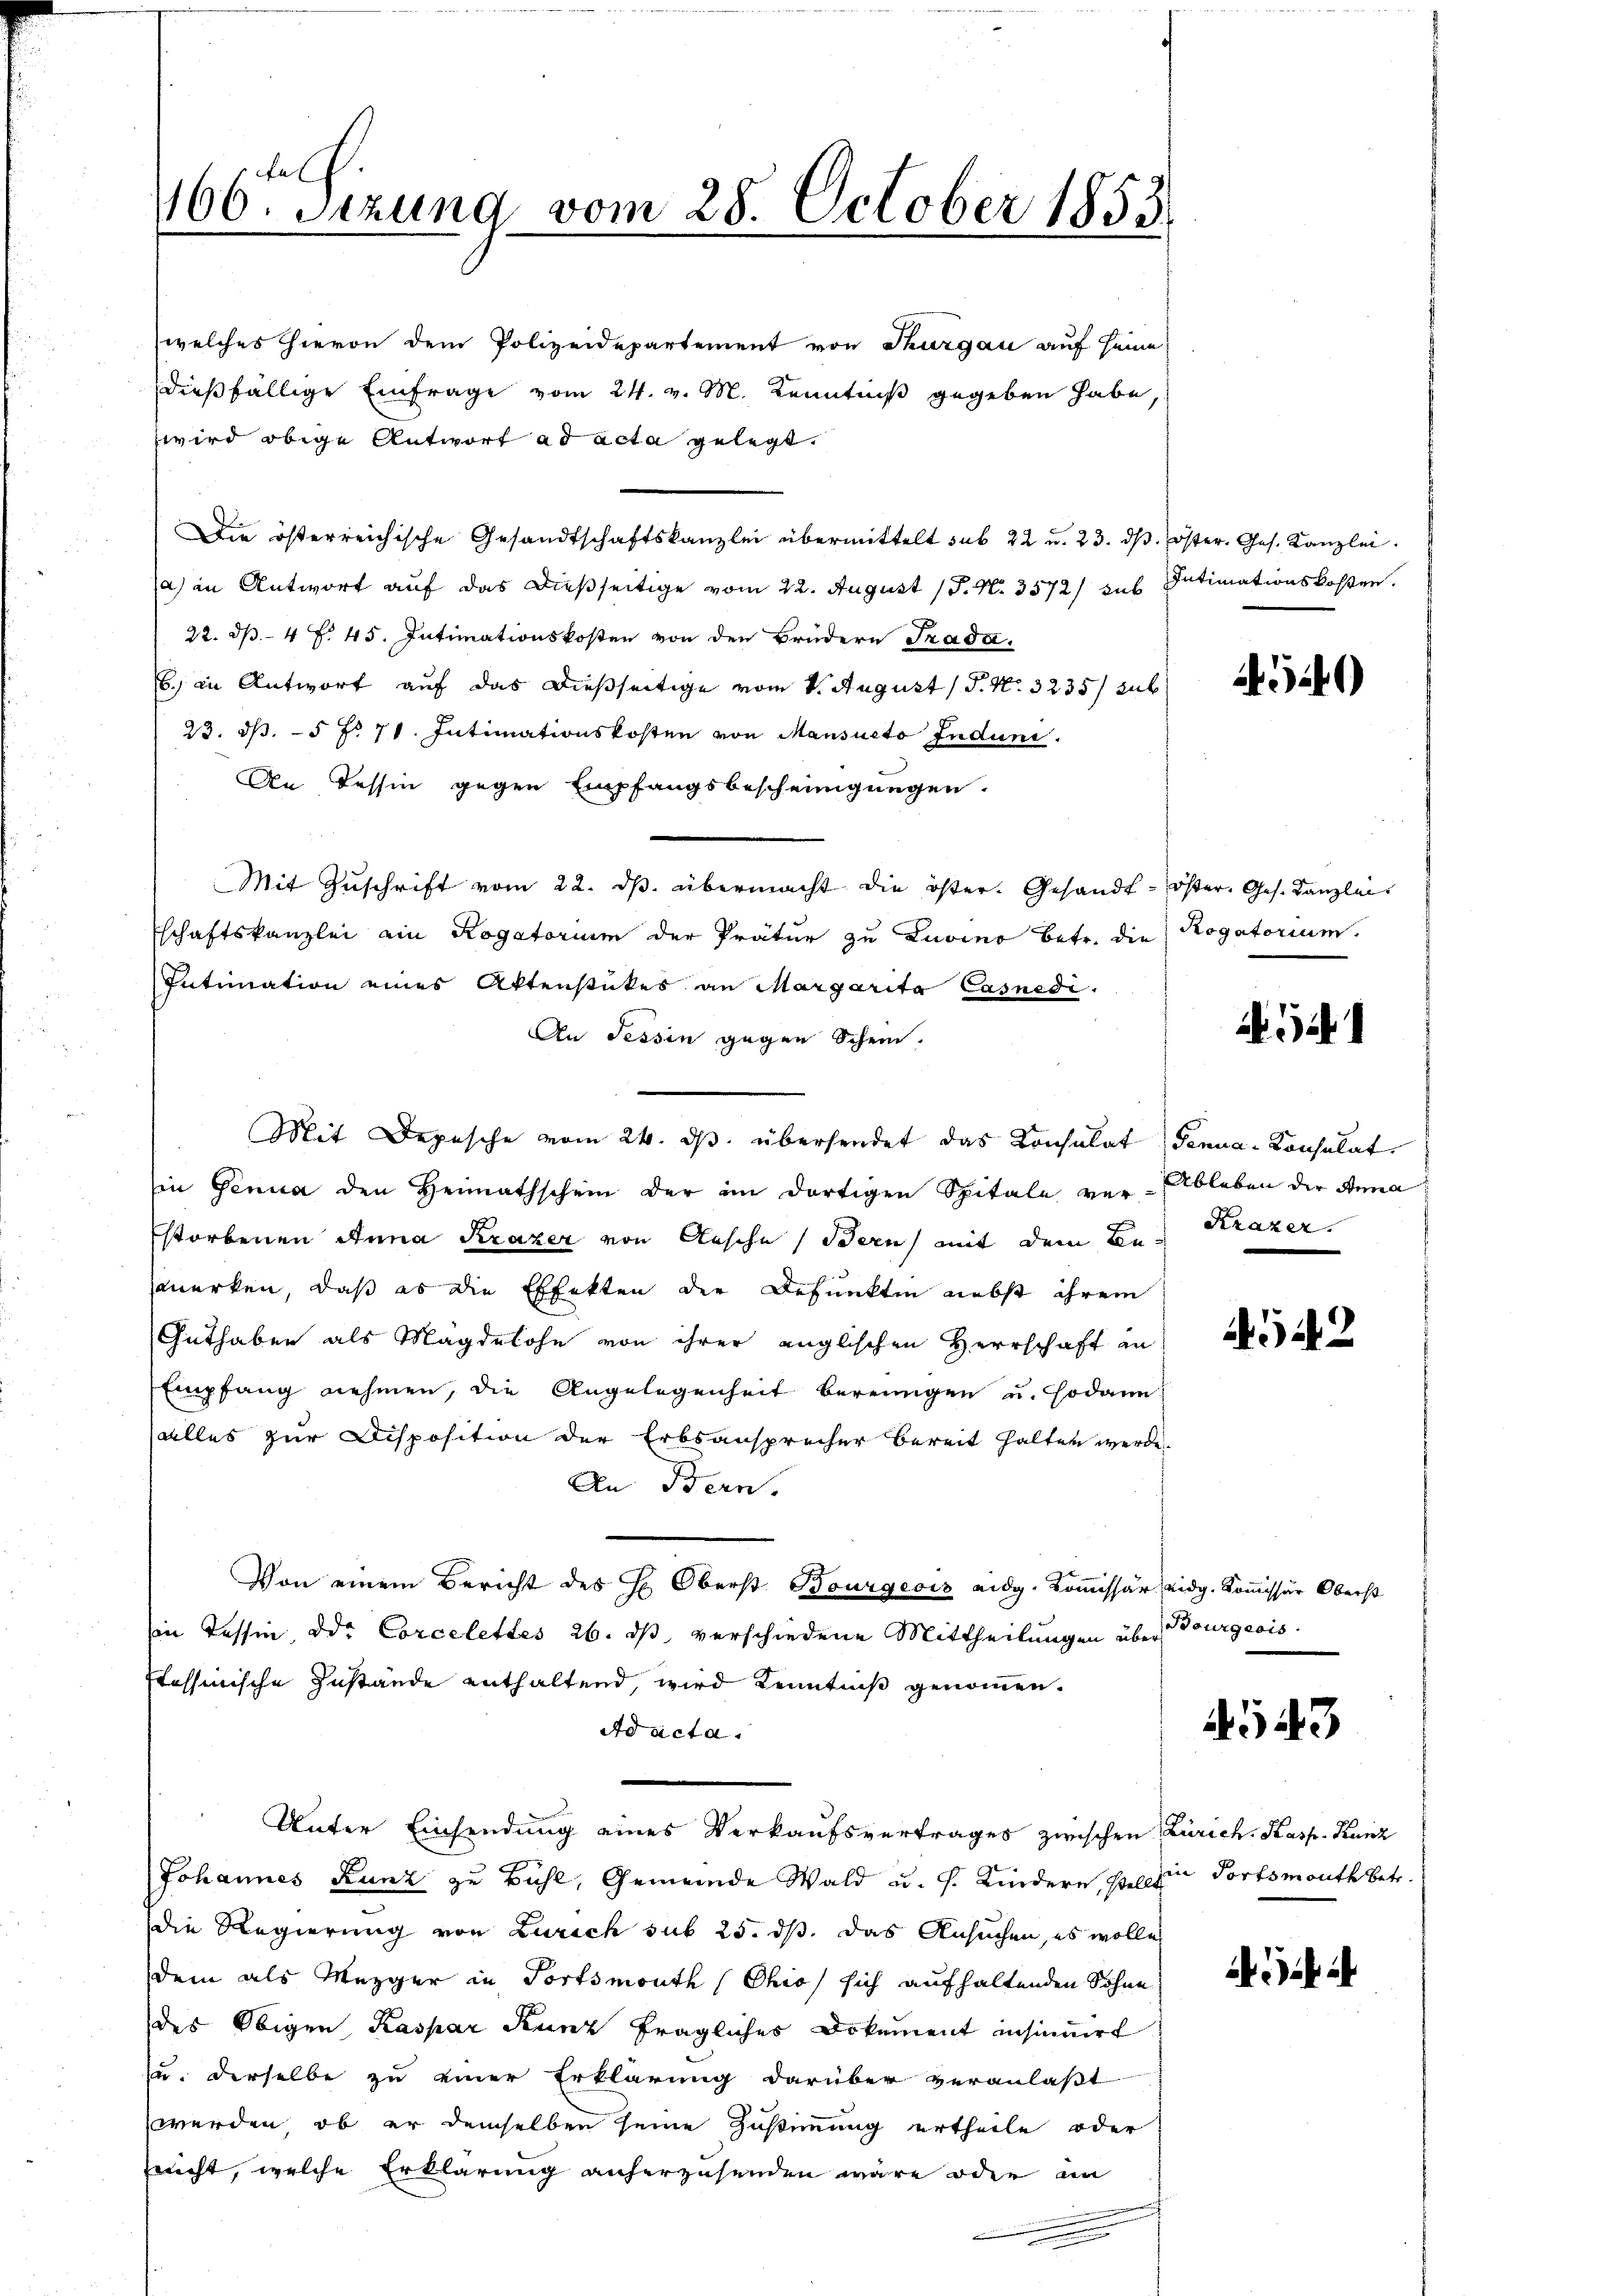
elf.
466 Sezung vom 28. October 1855.

welches hievon dem Polizeidepartement von Thurgau auf seine
dießfällige Einfrage vom 24. v. M. Kenntniß gegeben habe,
wird obige Antwort ad acta gelegt.
Die österreichische Gesandtschaftskanzlei übermittelt sub 22 u. 23. ds.
a) in Antwort auf das dießseitige vom 22. August 18. N. 3572) sub
22. 34 f. 45. Intimationskosten von den Brüdern Trada
b.) in Antwort auf das dießseitige vom 1. August ( P. Nr. 3235/ sub
23. dβ. 5 f. 71. Intimationskosten von Mansacto Indune.
An Tessin gegen Empfangsbescheinigungen.
Mit Zuschrift vom 22. ds. übermacht die öster. Gesandt-Öster. Ges. Kanzlei
schaftskanzlei ein Rogatorium der Prätur zu Luvino betr. die Rogatorium
Intimation eines Aktenstückes an Margarita Casnedi
An Tessin gegen Schein.
in Genua den Heimathschein der im dortigen Spitale ver-Ableben der Anna
storbenen Anna Krazer von Aesche Bern mit dem Besmerken, daß es die Effekten der Befunkten nebst ihrem
Guthaben als Magdelohn von ihrer englischen Herrschaft an
Empfang nehmen, die Angelegenheit bereingen u. sodann
alles zur Disposition der Erbsansprecher bereit halten werde.
An Bern.
Von einem Bericht des H. Oberst Bourgeois eidg. Kommissär eidg. Kommissär Oberst
Ein Tessin, oder Corcelettes 26. ds verschiedene Mittheilungen über
fessinische Zustände enthaltend, wird Kenntniß genommen.
dd acta.
Unter Einsendung eines Verkaufsvertrages zwischen Zürich. Kasp. Kunz
Johannes Kunz zu Bühl, Gemeinde Wald u. s. Kindern, sein dortsmouth betr.
die Regierung von Zürich sub 25. ds. das Ansuchen, es wolle
dem als Mezger in Fortsmouth (Ohio, sich aufhaltenden Sohne
des Obigen Kaspar Kunz fragliches Dokument insinuirt
zu: derselbe zu einer Erklärung darüber veranlaßt
werden, ob er demselben seine Zustimmung ertheile oder
nicht, welche Erklärung anherzusenden wäre oder an

Mit Depesche vom 24. ds. übersendet das Consulat Genua-Konsulat

öster. Ges. Kanzlei.
Intimationskosten.

3)

Krazer.

4542

Bourgeris

543

A